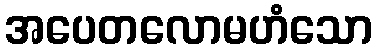
အပေတလောမဟံသော